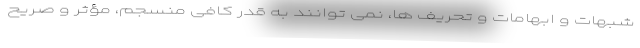
شبهات و ابهامات و تحریف ها، نمی توانند به قدر کافی منسجم، مؤثر و صریح